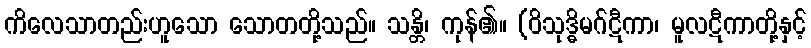
ကိလေသာတည်းဟူသော သောတတို့သည်။ သန္တိ၊ ကုန်၏။ (ဝိသုဒ္ဓိမဂ်ဋီကာ၊ မူလဋီကာတို့နှင့်